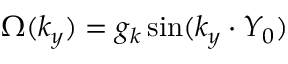
{ \Omega } ( { k _ { y } } ) = g _ { \boldsymbol k } \sin ( k _ { y } \cdot Y _ { 0 } )